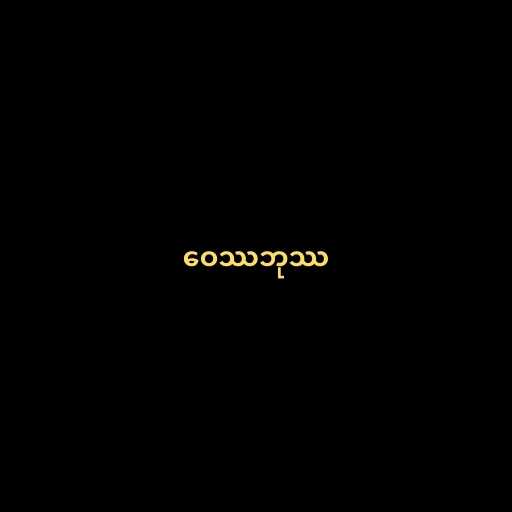
ဝေဿဘုဿ